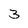
Character: 3